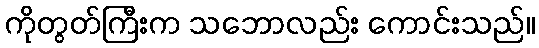
ကိုတွတ်ကြီးက သဘောလည်း ကောင်းသည်။